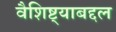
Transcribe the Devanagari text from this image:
वैशिष्ट्याबद्दल